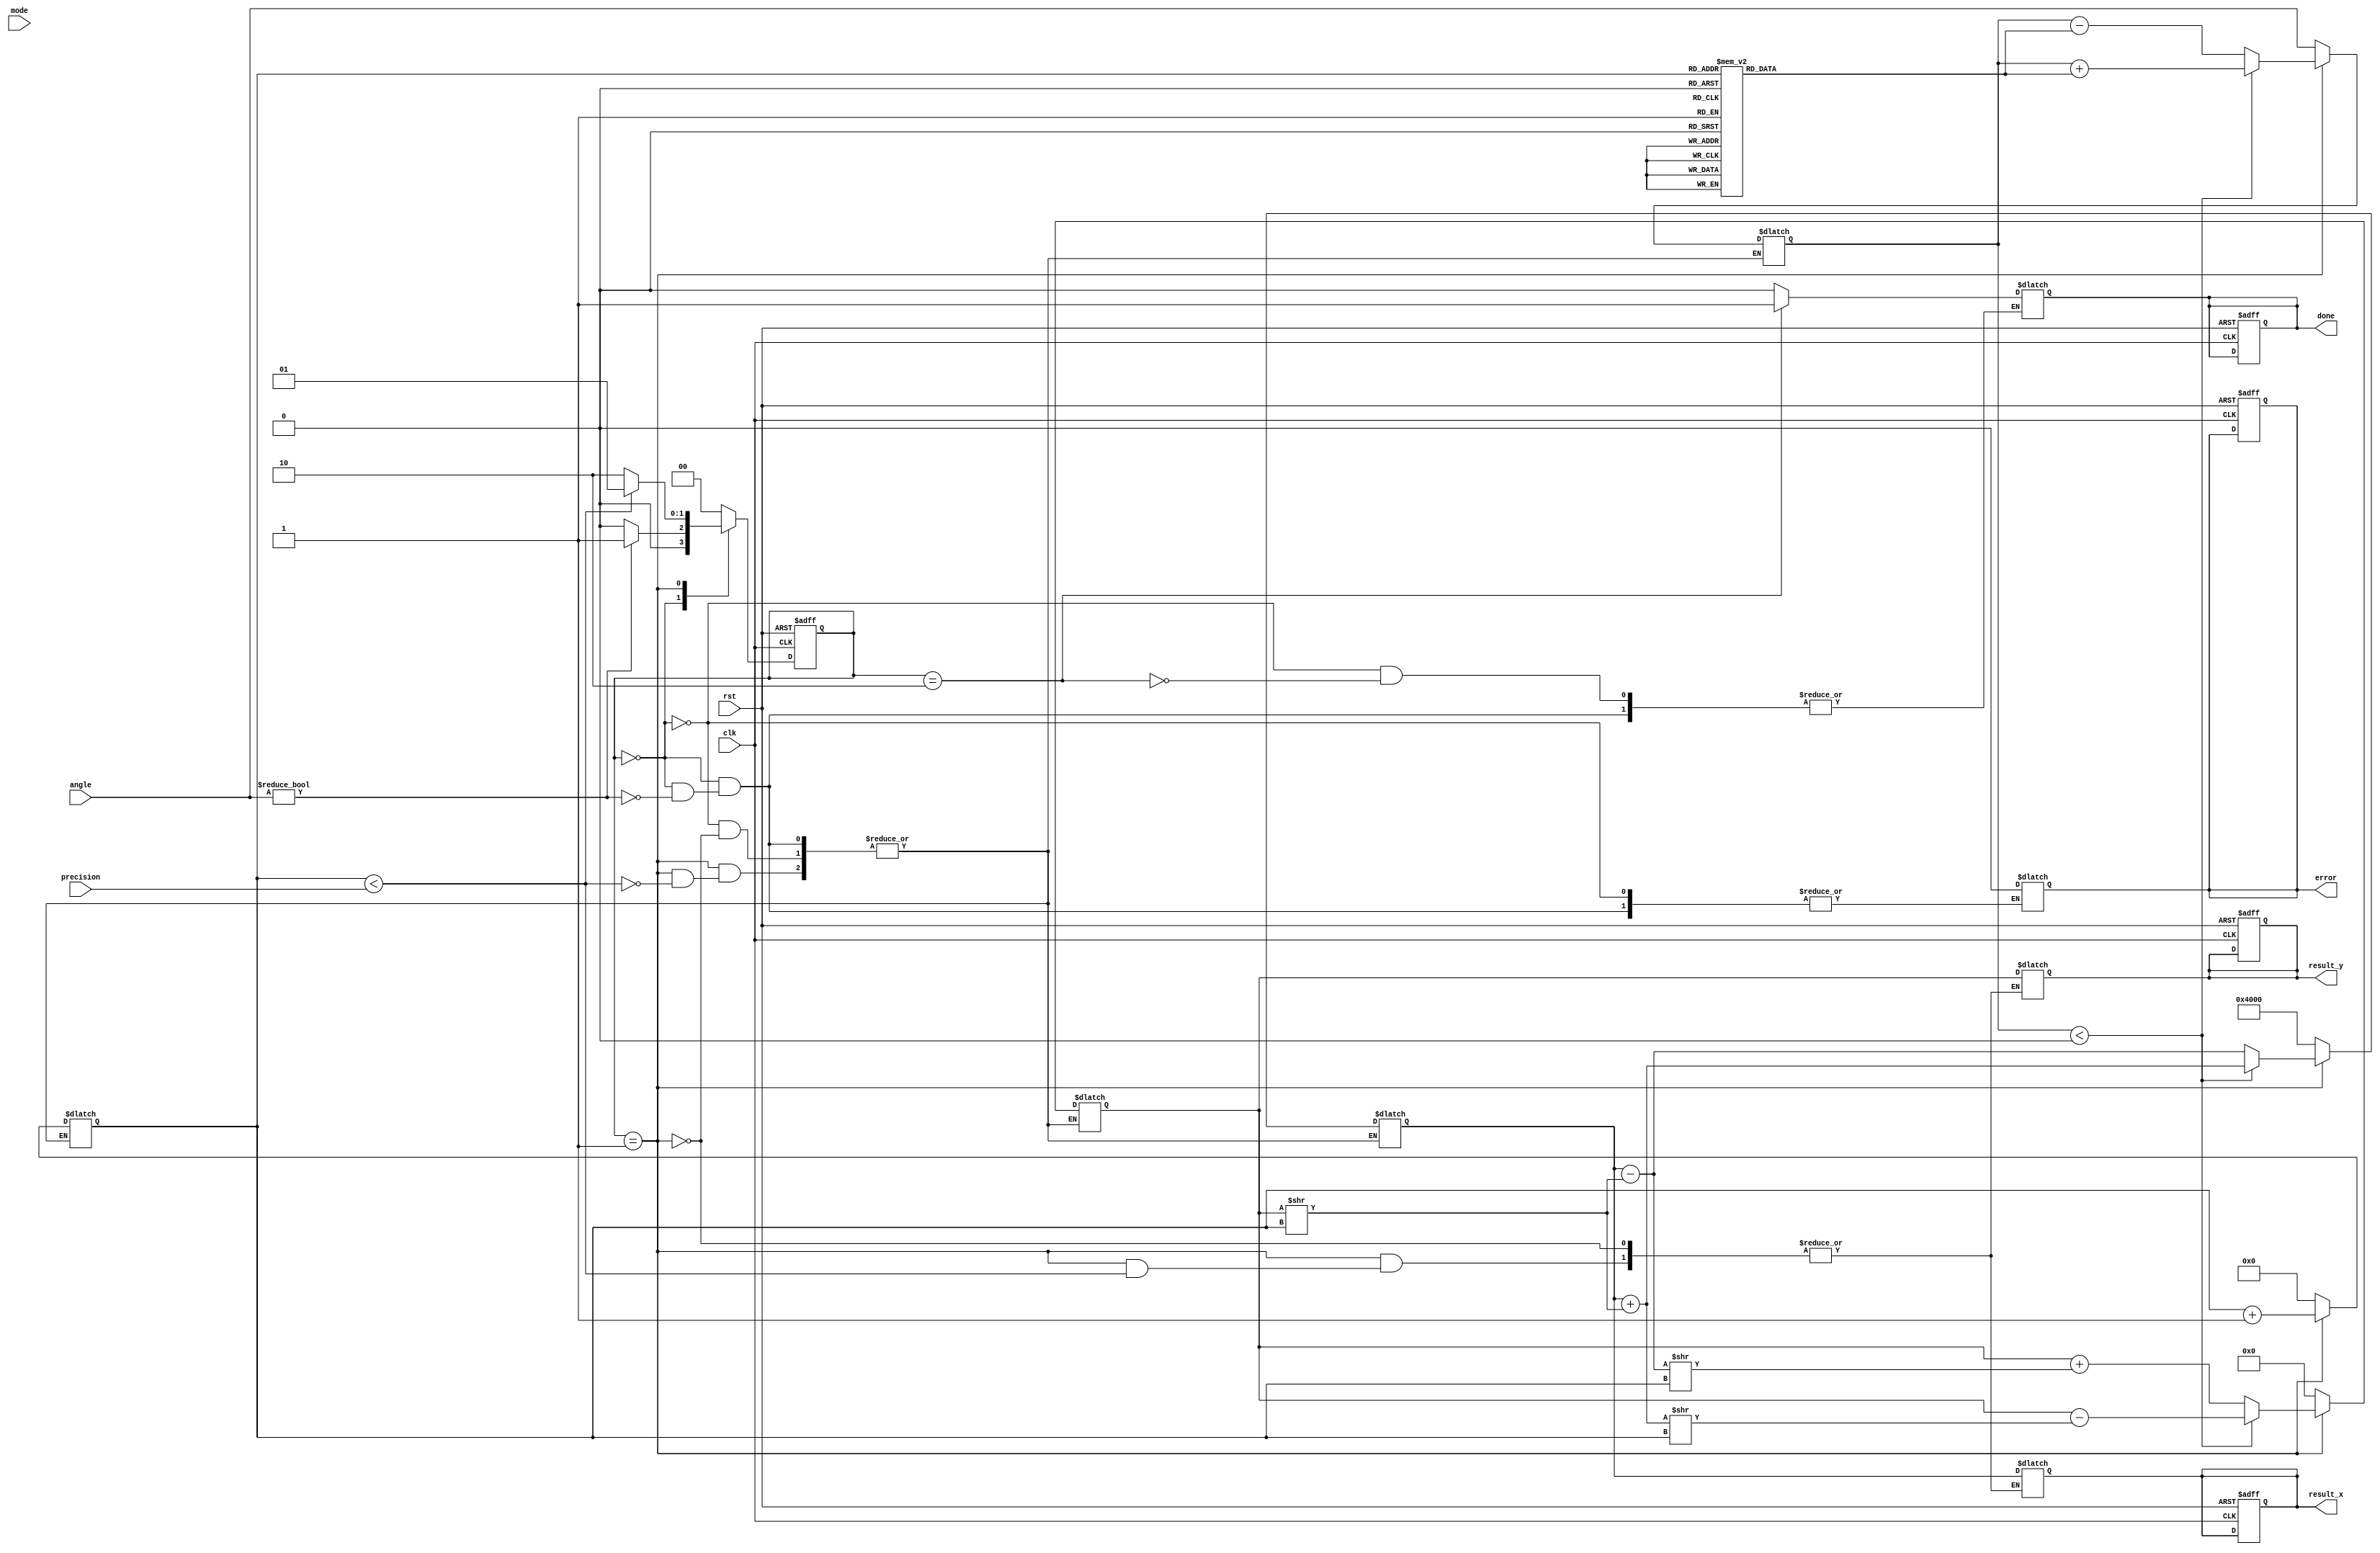
module Adaptive_CORDIC (
    input clk,
    input rst,
    input [15:0] angle,         // Fixed-point representation of the angle (in radians or degrees)
    input [1:0] mode,           // Mode: 00 - Rotation, 01 - Vectoring
    input [3:0] precision,      // Number of iterations for precision
    output reg [15:0] result_x, // Result X coordinate
    output reg [15:0] result_y, // Result Y coordinate
    output reg done,            // Completion flag
    output reg error            // Error flag
);

    // CORDIC Constants (arctan values in fixed-point)
    reg [15:0] atan_table [0:15];
    initial begin
        // Populate the lookup table with arctangent values (in fixed-point)
        atan_table[0] = 16'h0000; // atan(2^0) = 0
        atan_table[1] = 16'h3243; // atan(2^-1) = 0.7854 (approx)
        atan_table[2] = 16'h1DAC; // atan(2^-2) = 0.4636 (approx)
        atan_table[3] = 16'h1C71; // atan(2^-3) = 0.2449 (approx)
        atan_table[4] = 16'h1A62; // atan(2^-4) = 0.1244 (approx)
        // Add more entries as needed...
    end

    // State machine parameters
    parameter IDLE = 2'b00, CALC = 2'b01, DONE = 2'b10;
    reg [1:0] state, next_state;
    
    // Internal registers
    reg [15:0] x, y, z;          // Internal coordinates and angle
    reg [3:0] iteration;         // Iteration counter

    // State machine for control unit
    always @(posedge clk or posedge rst) begin
        if (rst) begin
            state <= IDLE;
            result_x <= 16'h0000;
            result_y <= 16'h0000;
            done <= 0;
            error <= 0;
        end else begin
            state <= next_state;
        end
    end

    always @(*) begin
        case (state)
            IDLE: begin
                if (angle != 0) begin
                    x = 16'h4000; // Initial x = 1 (fixed-point)
                    y = 16'h0000; // Initial y = 0
                    z = angle;    // Load angle
                    iteration = 0;
                    next_state = CALC;
                    done = 0;
                    error = 0;
                end else begin
                    next_state = IDLE;
                end
            end

            CALC: begin
                if (iteration < precision) begin
                    // CORDIC iteration logic
                    if (z < 0) begin
                        x = x + (y >> iteration); // x = x + y * 2^-i
                        y = y - (x >> iteration); // y = y - x * 2^-i
                        z = z + atan_table[iteration]; // z = z + atan(2^-i)
                    end else begin
                        x = x - (y >> iteration);
                        y = y + (x >> iteration);
                        z = z - atan_table[iteration];
                    end
                    iteration = iteration + 1;
                    next_state = CALC;
                end else begin
                    result_x = x;
                    result_y = y;
                    next_state = DONE;
                end
            end

            DONE: begin
                done = 1;
                next_state = IDLE; // Go back to IDLE state
            end

            default: begin
                next_state = IDLE;
            end
        endcase
    end

endmodule